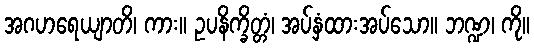
အဂဟရေယျာတိ၊ ကား။ ဥပနိက္ခိတ္တံ၊ အပ်နှံထားအပ်သော။ ဘဏ္ဍ၊ ကို။